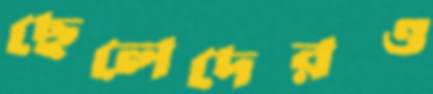
ছেলেদেরও